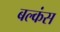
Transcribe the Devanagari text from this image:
बल्कंस